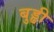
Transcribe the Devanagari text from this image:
बुड्ढी